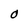
Character: O